Indian journal of veterinary science and animal husbandry - Volume 7,
Year: 1937
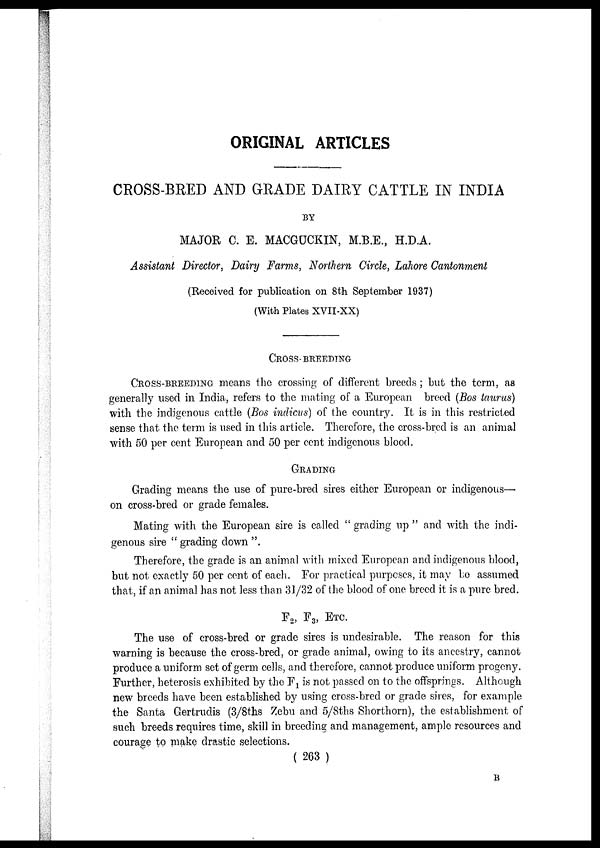
ORIGINAL ARTICLES
CROSS-BRED AND GRADE DAIRY CATTLE IN INDIA
BY
MAJOR C. E. MACGUCKIN, M.B.E., H.D.A.
Assistant Director, Dairy Farms, Northern Circle, Lahore Cantonment
(Received for publication on 8th September 1937)
(With Plates XVII-XX)
CROSS-BREEDING
CROSS-BREEDING means the crossing of different breeds; but the term, as
generally used in India, refers to the mating of a European breed (Bos taurus)
with the indigenous cattle (Bos indicus) of the country. It is in this restricted
sense that the term is used in this article. Therefore, the cross-bred is an animal
with 50 per cent European and 50 per cent indigenous blood.
GRADING
Grading means the use of pure-bred sires either European or indigenous—
on cross-bred or grade females.
Mating with the European sire is called " grading up " and with the indi-
genous sire " grading down ".
Therefore, the grade is an animal with mixed European and indigenous blood,
but not exactly 50 per cent of each. For practical purposes, it may be assumed
that, if an animal has not less than 31/32 of the blood of one breed it is a pure bred.
F 2 , F 3 , ETC.
The use of cross-bred or grade sires is undesirable. The reason for this
warning is because the cross-bred, or grade animal, owing to its ancestry, cannot
produce a uniform set of germ cells, and therefore, cannot produce uniform progeny.
Further, heterosis exhibited by the F 1 is not passed on to the offsprings. Although
new breeds have been established by using cross-bred or grade sires, for example
the Santa Gertrudis (3/8ths Zebu and 5/8ths Shorthorn), the establishment of
such breeds requires time, skill in breeding and management, ample resources and
courage to make drastic selections.
( 263 )
B